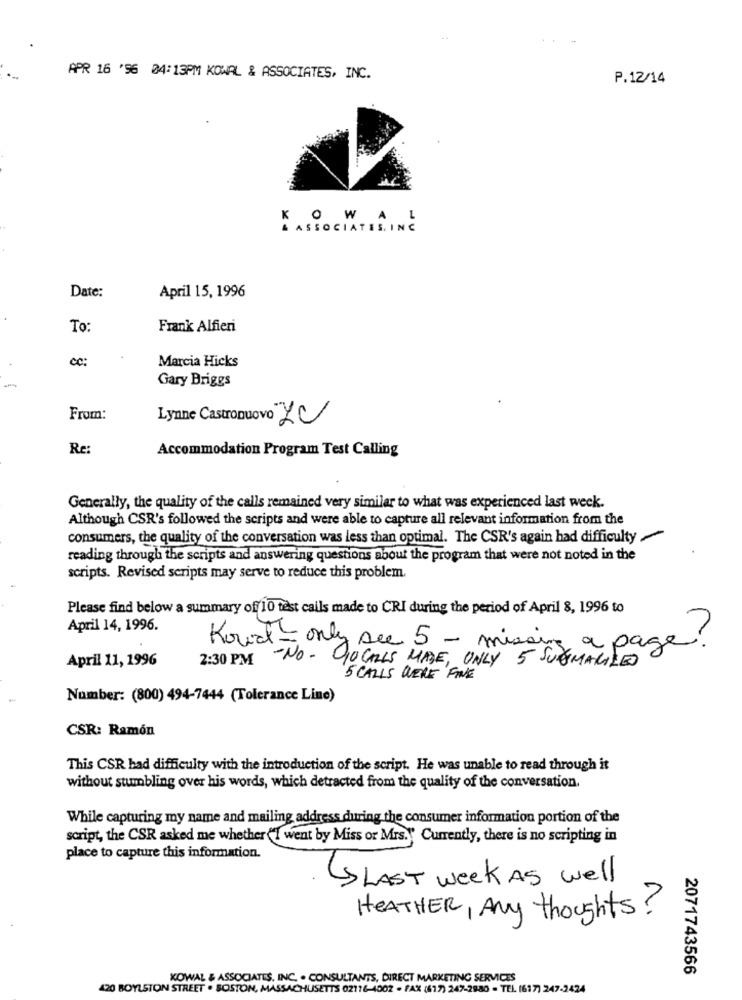
APR 16 '96 04:13PM KOWAL & ASSOCIATES, INC.
P.12/14
ASSOCIATES, INC.
Date:
April 15, 1996
To:
Frank Alfieri
cc:
Marcia Hicks
-
Gary Briggs
From:
Lynne Castronuovo LU
Re:
Accommodation Program Test Calling
Generally, the quality of the calls remained very similar to what was experienced last week.
Although CSR's followed the scripts and were able to capture all relevant information from the
consumers, the quality of the conversation was less than optimal. The CSR's again had difficulty
reading through the scripts and answering questions about the program that were not noted in the
scripts. Revised scripts may serve to reduce this problem.
Please find below a summary of 10 test calls made to CRI during the period of April 8, 1996 to
April 14, 1996.
Koud- only see 5 - missing a page!
April 11, 1996
2:30 PM -NO- GOCALLS MADE, ONLY 5 SUMMARIZES
5 CALLS WERE FINE
Number: (800) 494-7444 (Tolerance Line)
CSR: Ramón
This CSR bad difficulty with the introduction of the script. He was unable to read through it
without stumbling over his words, which detracted from the quality of the conversation.
While capturing my name and mailing address during the consumer information portion of the
script, the CSR asked me whether ""I went by Miss or Mrs. " Currently, there is no scripting in
place to capture this information.
SLAST week AS well
HEATHER, Any thoughts?
2071743566
KOWAL & ASSOCIATES, INC. . CONSULTANTS, DIRECT MARKETING SERVICES
420 BOYLSTON STREET . BOSTON, MASSACHUSETTS 02176-4002 - FAX (617) 247-2880 - TEL (617) 247-2424